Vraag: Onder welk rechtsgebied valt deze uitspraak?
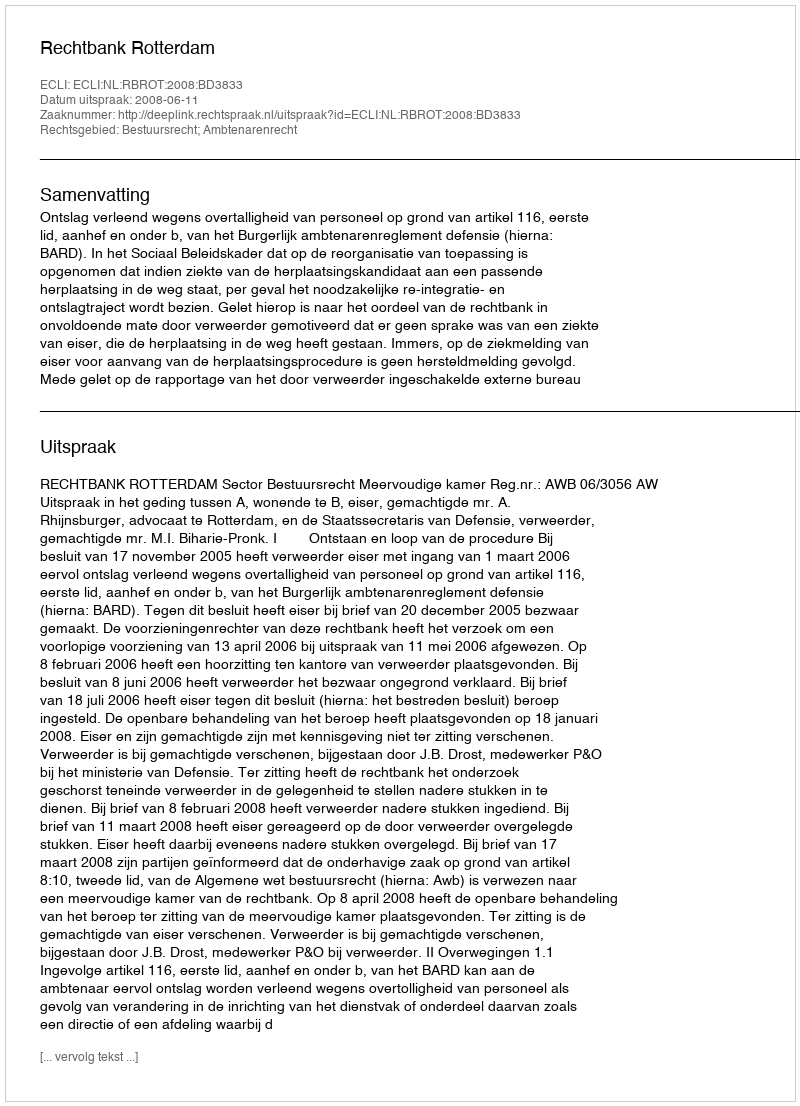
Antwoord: Bestuursrecht; Ambtenarenrecht